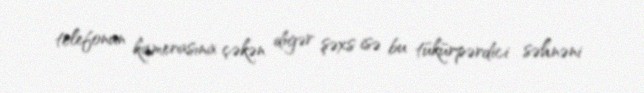
telefonun kamerasına çəkən digər şəxs isə bu tükürpərdici səhnəni